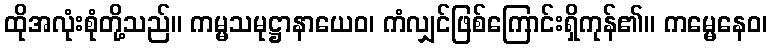
ထိုအလုံးစုံတို့သည်။ ကမ္မသမုဋ္ဌာနာယေဝ၊ ကံလျှင်ဖြစ်ကြောင်းရှိကုန်၏။ ကမ္မေနေဝ၊